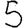
Digit: 5